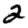
Digit: 2